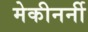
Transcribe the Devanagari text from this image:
मेकीनर्नी